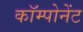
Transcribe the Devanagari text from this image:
कॉम्पोनेंट